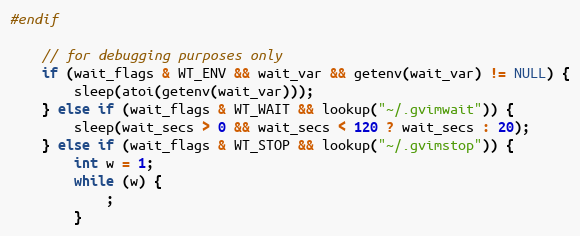
Language: C
#endif

	// for debugging purposes only
	if (wait_flags & WT_ENV && wait_var && getenv(wait_var) != NULL) {
		sleep(atoi(getenv(wait_var)));
	} else if (wait_flags & WT_WAIT && lookup("~/.gvimwait")) {
		sleep(wait_secs > 0 && wait_secs < 120 ? wait_secs : 20);
	} else if (wait_flags & WT_STOP && lookup("~/.gvimstop")) {
		int w = 1;
		while (w) {
			;
		}